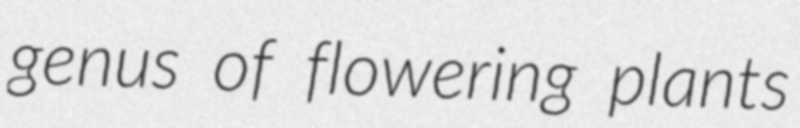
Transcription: genus of flowering plants